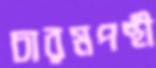
চারমপন্থী